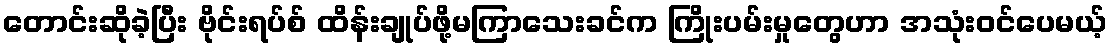
တောင်းဆိုခဲ့ပြီး ဗိုင်းရပ်စ် ထိန်းချုပ်ဖို့မကြာသေးခင်က ကြိုးပမ်းမှုတွေဟာ အသုံးဝင်ပေမယ့်